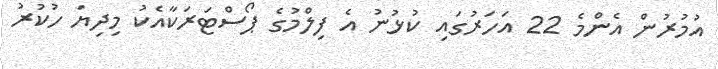
އުމުރުން އެންމެ 22 އަހަރުގައި ކުޅުނު އެ ފިލްމުގެ ޕޯސްޓަރަކާއެކު މިދިޔަ ހުކުރު